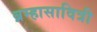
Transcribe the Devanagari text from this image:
ब्रम्हासावित्री